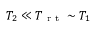
T _ { 2 } \ll T _ { \mathrm { ~ r ~ t ~ } } \sim T _ { 1 }